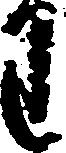
わ